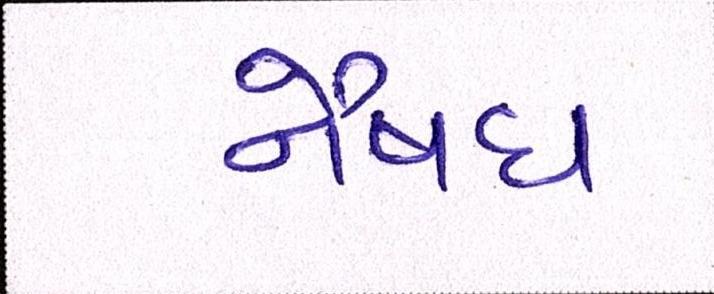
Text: નૈષધ